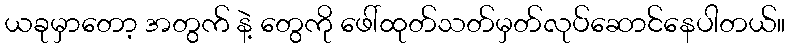
ယခုမှာတော့ အတွက် နဲ့ တွေကို ဖေါ်ထုတ်သတ်မှတ်လုပ်ဆောင်နေပါတယ်။